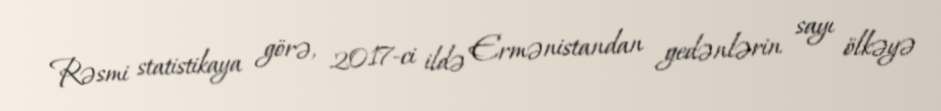
Rəsmi statistikaya görə, 2017-ci ildə Ermənistandan gedənlərin sayı ölkəyə